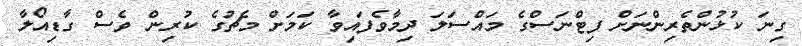
ގިނަ ކުޅުންތެރިންނަށް ފިޓްނަސްގެ މައްސަލަ ދިމާވެފައިވާ ކަމަށް މެޗުގެ ކުރިން ވެސް ގާޑިއޯލާ